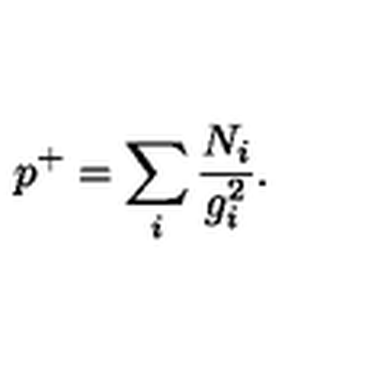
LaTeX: p ^ { + } = \sum _ { i } \frac { N _ { i } } { g _ { i } ^ { 2 } } .